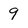
Character: 9